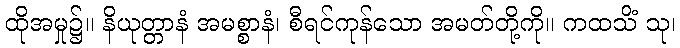
ထိုအမှု၌။ နိယုတ္တာနံ အမစ္စာနံ၊ စီရင်ကုန်သော အမတ်တို့ကို။ ကထသိံ သု၊